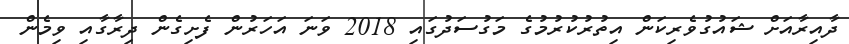
ދާއިރާއަށް ޝައުގުވެރިކަން އިތުރުކުރުމުގެ މަގުސަދުގައި 2018 ވަނަ އަހަރުން ފެށިގެން ދިރާގާއި ވިމެން